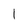
Character: l